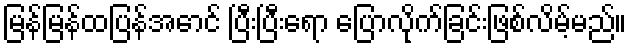
မြန်မြန်ထပြန်အောင် ပြီးပြီးရော ပြောလိုက်ခြင်းဖြစ်လိမ့်မည်။